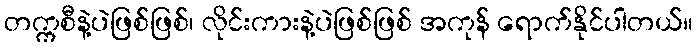
တက္ကစီနဲ့ပဲဖြစ်ဖြစ်၊ လိုင်းကားနဲ့ပဲဖြစ်ဖြစ် အကုန် ရောက်နိုင်ပါတယ်။